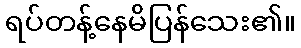
ရပ်တန့်နေမိပြန်သေး၏။